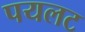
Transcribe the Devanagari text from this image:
पयलट